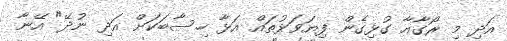
އަދި މި ރޯގާއާ ގުޅިގެން ފިޔަވަޅުތައް އަޅާ ހިސާބަކަށް އަދި ނުދޭ" އޭނާ